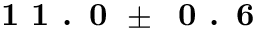
\textbf { 1 1 . 0 } \pm \: \textbf { 0 . 6 }